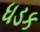
ધડક